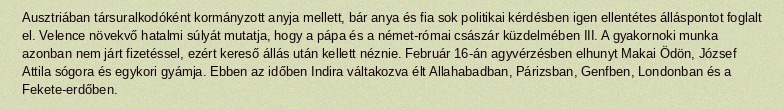
Ausztriában társuralkodóként kormányzott anyja mellett, bár anya és fia sok politikai kérdésben igen ellentétes álláspontot foglalt el. Velence növekvő hatalmi súlyát mutatja, hogy a pápa és a német-római császár küzdelmében III. A gyakornoki munka azonban nem járt fizetéssel, ezért kereső állás után kellett néznie. Február 16-án agyvérzésben elhunyt Makai Ödön, József Attila sógora és egykori gyámja. Ebben az időben Indira váltakozva élt Allahabadban, Párizsban, Genfben, Londonban és a Fekete-erdőben.